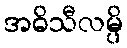
အဓိသီလမ္ပိ